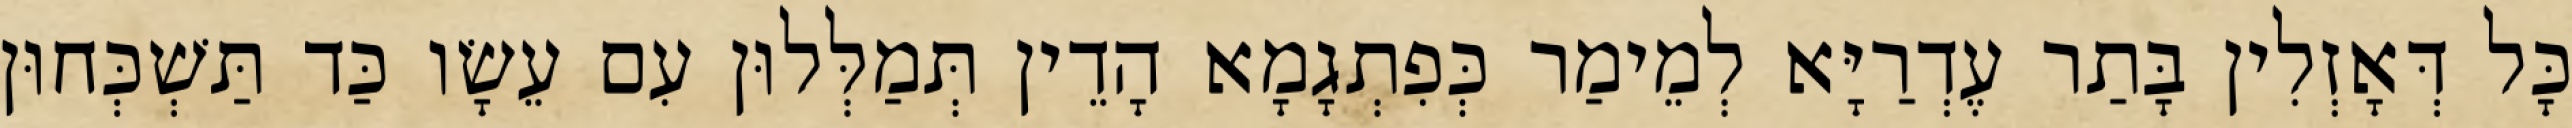
כָּל דְּאָזְלִין בָּתַר עֶדְרַיָּא לְמֵימַר כְּפִתְגָמָא הָדֵין תְּמַלְּלוּן עִם עֵשָׂו כַּד תַּשְׁכְּחוּן